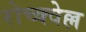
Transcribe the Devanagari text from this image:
रोच्क्वेल्ल